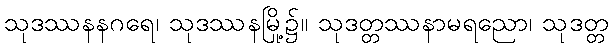
သုဒဿနနဂရေ၊ သုဒဿနမြို့၌။ သုဒတ္တဿနာမရညော၊ သုဒတ္တ